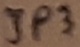
Text: JP3